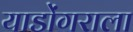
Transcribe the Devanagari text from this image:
याडोंगराला